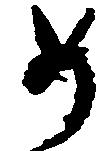
如